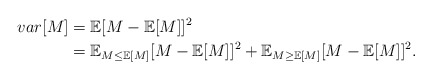
\begin{align*}var[M]&=\mathbb{E}[M-\mathbb{E}[M]]^2\\&=\mathbb{E}_{M\le \mathbb{E}[M]}[M-\mathbb{E}[M]]^2+\mathbb{E}_{M\ge \mathbb{E}[M]}[M-\mathbb{E}[M]]^2.\end{align*}